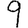
Digit: 9